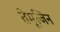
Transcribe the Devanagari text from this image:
तेमूजिन